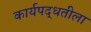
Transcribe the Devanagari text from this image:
कार्यपद्धतीला